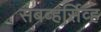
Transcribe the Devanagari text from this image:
सबव्हर्सिव्ह